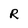
Character: R